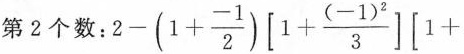
第2个数：$$2-(1+ \frac{-1}{2})\left[ 1+\frac{(-1)^{2}}{3}\right] \left[ 1+$$